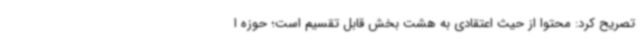
تصریح کرد: محتوا از حیث اعتقادی به هشت بخش قابل تقسیم است؛ حوزه ا